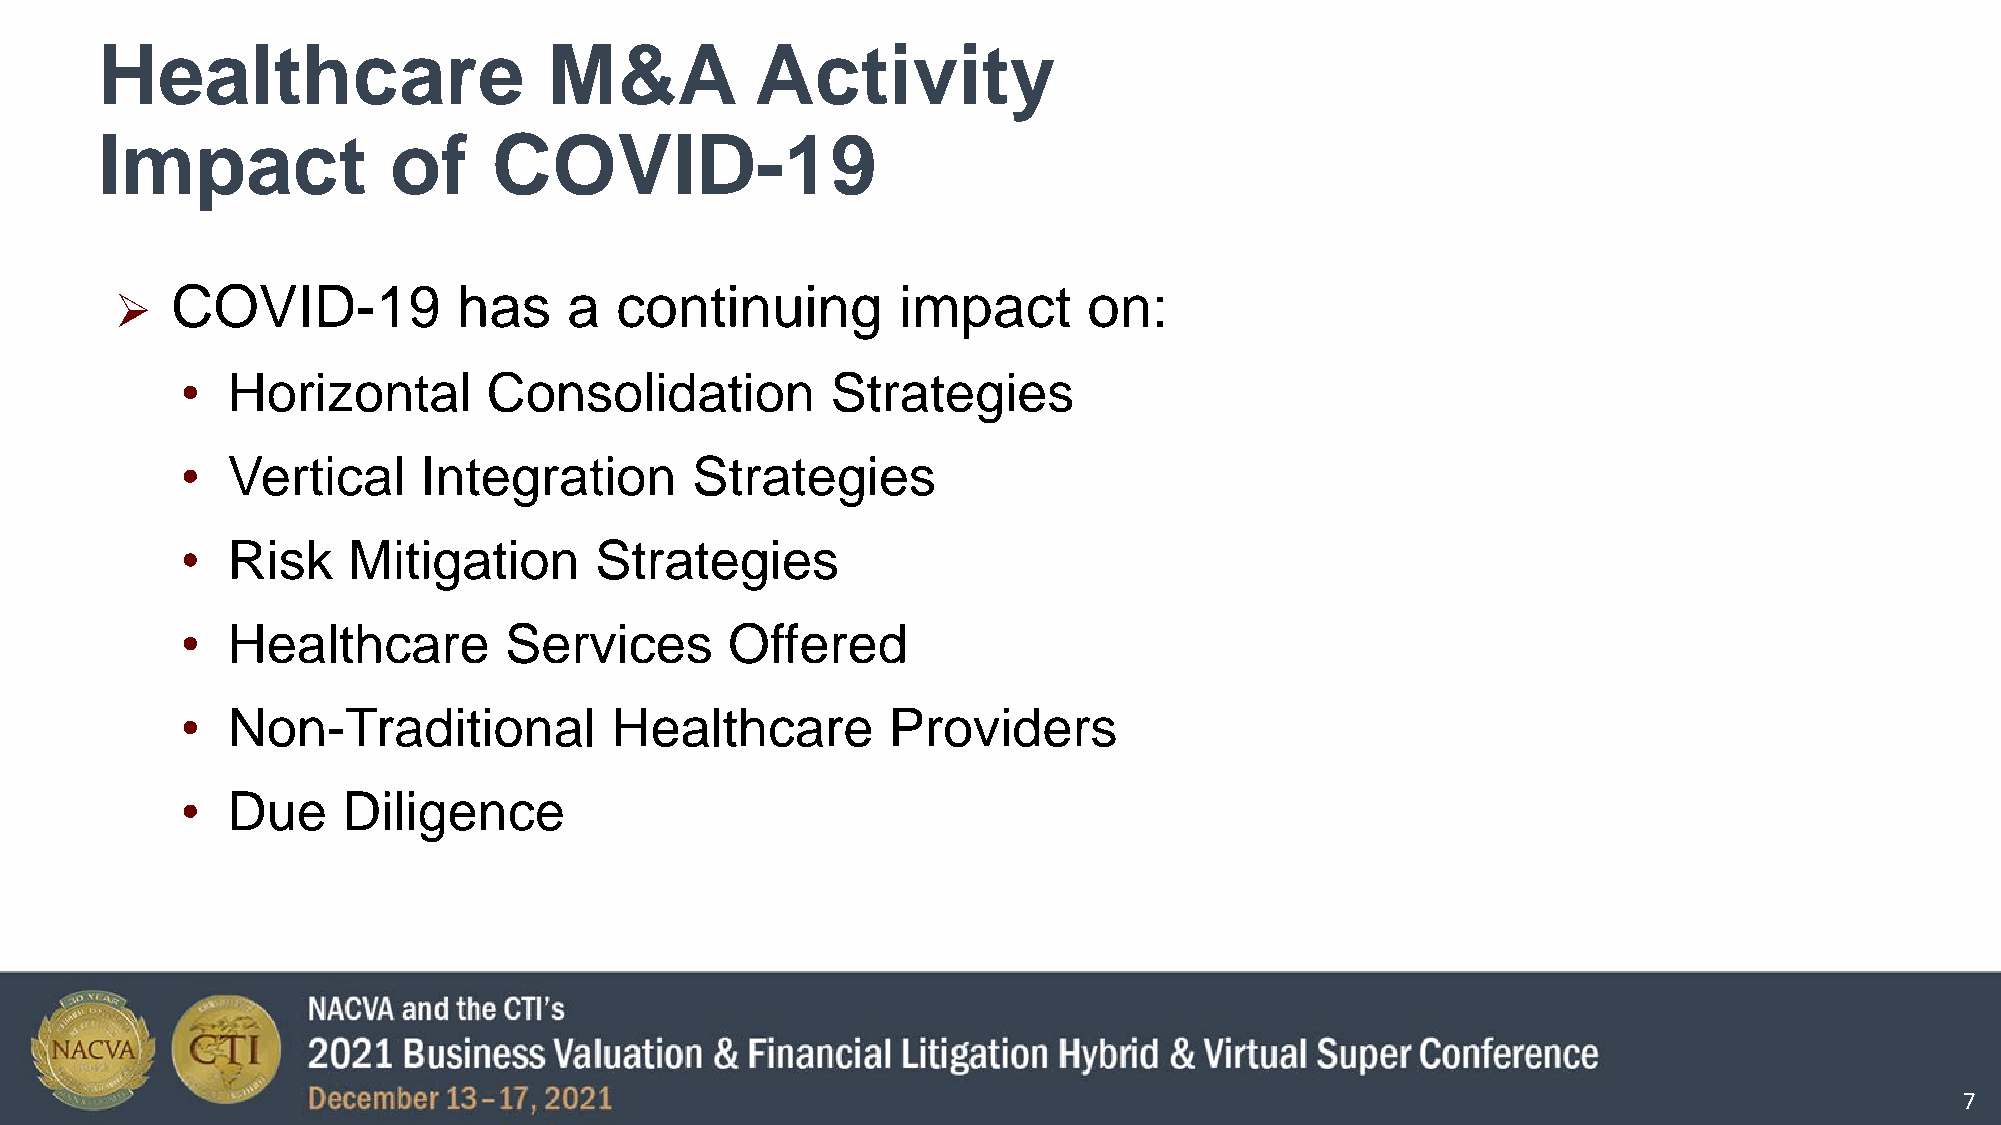
Healthcare                    M&A           Activity
 Impact              of     COVID-19
 COVID-19           has     a  continuing        impact       on:
 
 •  Horizontal       Consolidation          Strategies
 •  Vertical     Integration       Strategies
 •  Risk    Mitigation      Strategies
 •  Healthcare        Services       Offered
 •  Non-Traditional          Healthcare         Providers
 •  Due     Diligence
 7